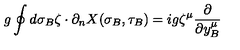
g \oint d \sigma _ { B } \zeta \cdot \partial _ { n } X ( \sigma _ { B } , \tau _ { B } ) = i g \zeta ^ { \mu } { \frac { \partial } { \partial y _ { B } ^ { \mu } } }